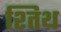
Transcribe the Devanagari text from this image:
श्तिथ